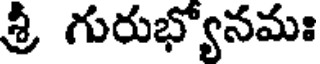
శ్రీ గురుభ్యోనమః